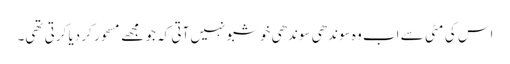
اس کی مٹی سے اب وہ سوندھی سوندھی خوشبو نہیں آتی کہ جو مجھے مسحور کر دیا کرتی تھی۔